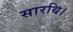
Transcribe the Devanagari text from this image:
सारथि।